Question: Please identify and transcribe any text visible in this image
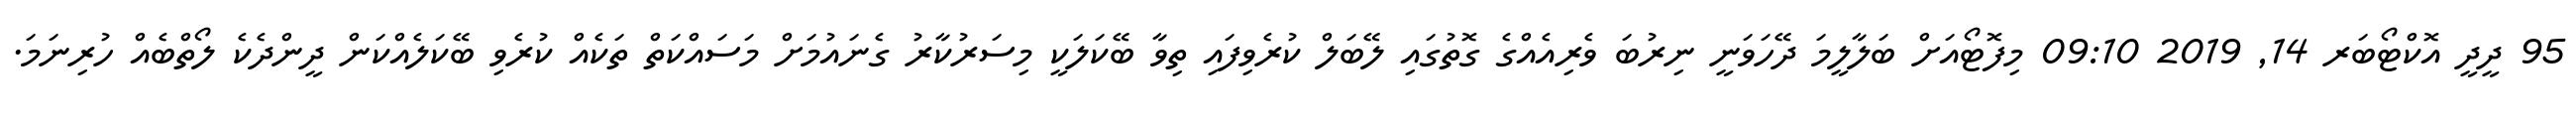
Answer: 95 ދީދީ އޮކްޓޯބަރ 14, 2019 09:10 މިފޮޓޯއަށް ބަލާލީމަ ދޭހަވަނީ ނިރުބަ ވެރިއެއްގެ ގޮތުގައި ލޭބަލް ކުރެވިފައި ތިވާ ބޭކަލަކީ މިސަރުކާރު ގެނައުމަށް މަސައްކަތް ތަކެއް ކުރެވި ބޭކަލެއްކަން ދީންދެކެ ލޯތްބެއް ހުރިނަމަ.